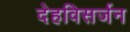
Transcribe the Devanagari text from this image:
देहविसर्जन